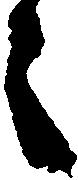
々